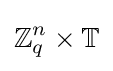
\mathbb {Z} _{q}^{n}\times \mathbb {T}